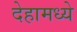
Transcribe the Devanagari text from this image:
देहामध्ये